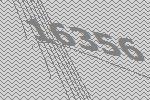
16356